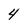
Character: 4